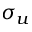
\sigma _ { u }